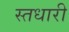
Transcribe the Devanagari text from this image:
स्तधारी